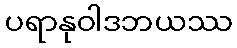
ပရာနုဝါဒဘယဿ